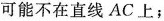
可能不在直线AC上；